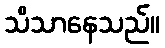
သိသာနေသည်။